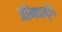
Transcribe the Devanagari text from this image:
अभिधावृत्ति